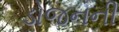
ડોજનની